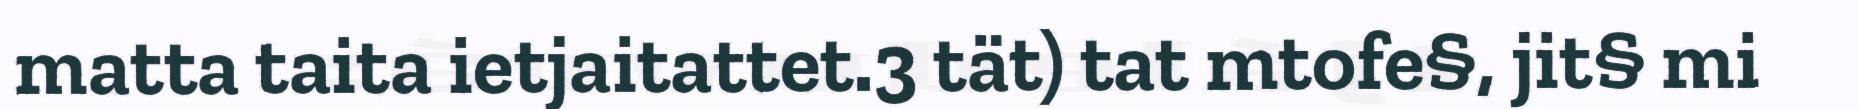
matta taita ietjaitattet.3 tät) tat mtofe§, jit§ mi